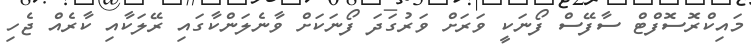
މައިކްރޮސޮފްޓް ސާފޭސް ފޯނަކީ ވަރަށް ވަރުގަދަ ފޯނަކަށް ވާނެލަންކާގައި ރޭލަކާއި ކާރެއް ޖެހި